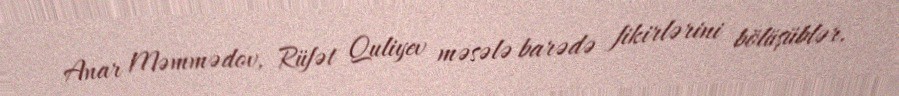
Anar Məmmədov, Rüfət Quliyev məsələ barədə fikirlərini bölüşüblər.